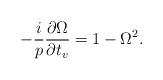
LaTeX: \begin{align*}-\frac{i}{p}\frac{\partial\Omega}{\partial t_v} =1-\Omega^2. \end{align*}